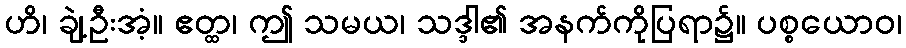
ဟိ၊ ချဲ့ဦးအံ့။ ဧတ္ထ၊ ဤ သမယ၊ သဒ္ဒါ၏ အနက်ကိုပြရာ၌။ ပစ္စယောဝ၊